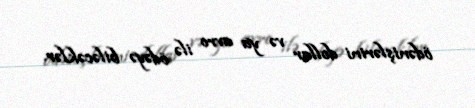
ödənişlərini dollar və ya avro ilə ödəyə biləcəklər.